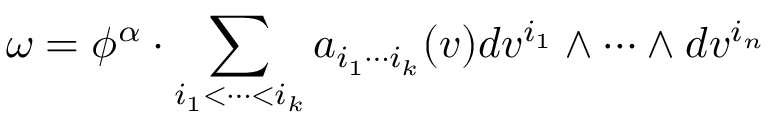
\omega = \phi ^ { \alpha } \cdot \sum _ { i _ { 1 } < \cdots < i _ { k } } a _ { i _ { 1 } \cdots i _ { k } } ( v ) d v ^ { i _ { 1 } } \wedge \cdots \wedge d v ^ { i _ { n } }